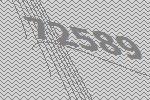
72589